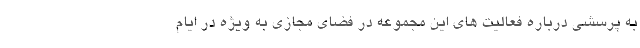
به پرسشی درباره فعالیت های این مجموعه در فضای مجازی به ویژه در ایام